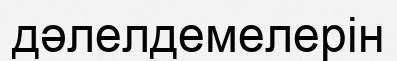
дәлелдемелерін